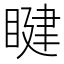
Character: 睷